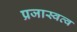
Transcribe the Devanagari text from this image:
प्रजास्वत्व